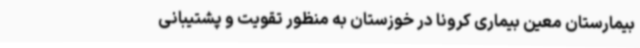
بیمارستان معین بیماری کرونا در خوزستان به منظور تقویت و پشتیبانی